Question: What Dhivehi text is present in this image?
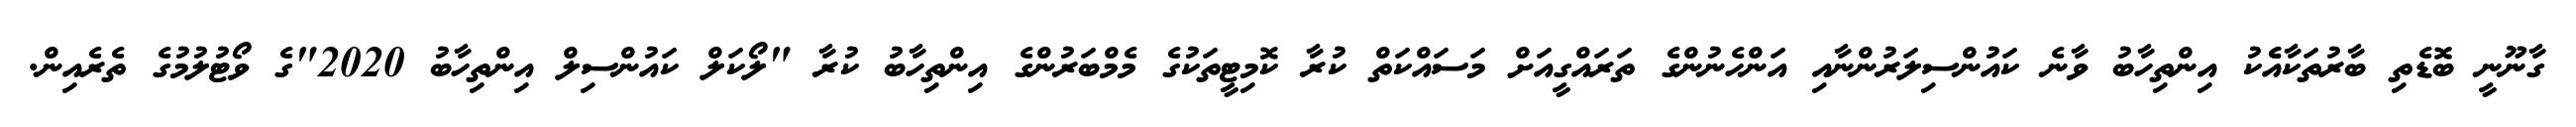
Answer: ގާނޫނީ ބޮޑެތި ބާރުތަކާއެެކު އިންތިހާބު ވާނެ ކައުންސިލަރުންނާއި އަންހެނުންގެ ތަރައްގީއަށް މަސައްކަތް ކުރާ ކޮމިޓީތަކުގެ މެމްބަރުންގެ އިންތިހާބު ކުރާ "ލޯކަލް ކައުންސިލް އިންތިހާބު 2020"ގެ ވޯޓުލުމުގެ ތެރެއިން.